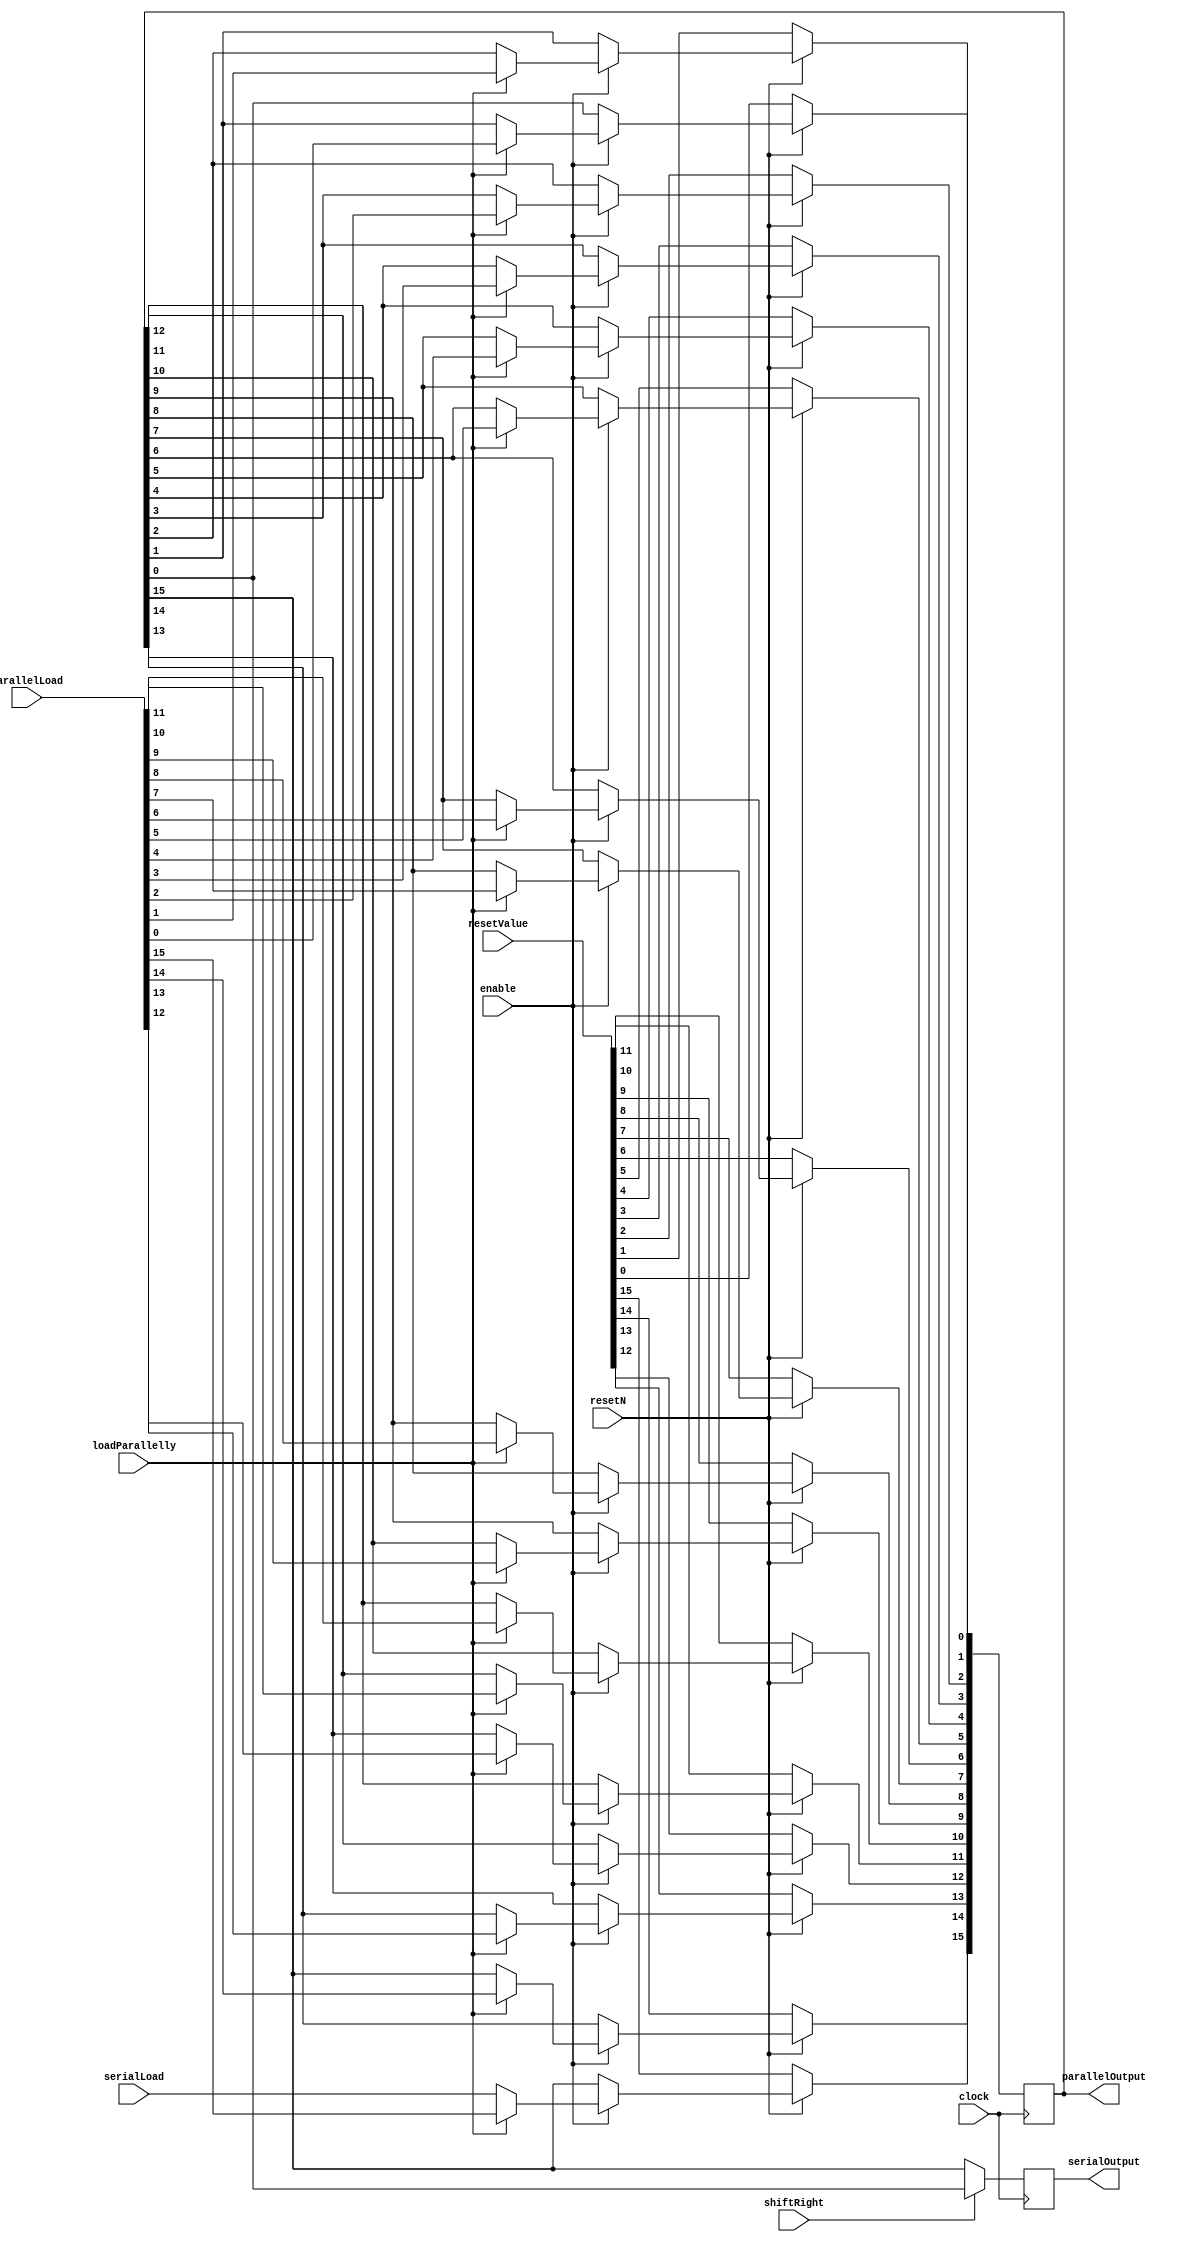
//Shifts right

module ShiftRegister (resetN, clock, enable, resetValue, shiftRight, loadParallelly, serialLoad, parallelLoad, serialOutput, parallelOutput);
parameter registerSize = 16; //Default size stores 16 bits
input resetN;
input clock;
input enable;
input [registerSize-1:0] resetValue;
input loadParallelly;
input serialLoad;
input [registerSize -1:0] parallelLoad;
input shiftRight;
output reg serialOutput;
output reg [registerSize-1:0] parallelOutput;
integer serialShiftCounter; //Used for shifting

always@(posedge clock)
begin
	if (!resetN)
	begin
		parallelOutput <= resetValue;
	end
	else if (enable)
	begin
		if (loadParallelly) //Load registers parallelly
		begin
			parallelOutput <= parallelLoad;
		end
		else
		begin
			if (shiftRight) //Functioning as a shift left to right counter
			begin
				for (serialShiftCounter = 0; serialShiftCounter < registerSize-1; serialShiftCounter = serialShiftCounter+1)
					parallelOutput [serialShiftCounter] <= parallelOutput [serialShiftCounter+1];
				parallelOutput [registerSize -1] <= serialLoad;
			end
			else if (!shiftRight) //Functioning as a shift 
			begin
				parallelOutput [registerSize -1] <= serialLoad;

				for (serialShiftCounter = registerSize-2; serialShiftCounter >=0; serialShiftCounter = serialShiftCounter-1)
					parallelOutput [serialShiftCounter] <= parallelOutput [serialShiftCounter+1];
			end
		end
	end
	
	if (shiftRight) //Functioning as shift left to right counter
		serialOutput <= parallelOutput [0];

	else if (!shiftRight)
		serialOutput <= parallelOutput [registerSize-1];
end

endmodule